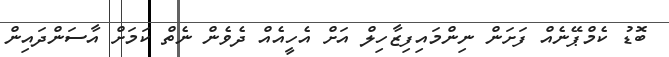
ބޮޑު ކެމްޕޭނެއް ފަށަން ނިންމައިފިޒާހިލް އަށް އެހީއެއް ދެވެން ނެތް ކަމަށް އާސަންދައިން